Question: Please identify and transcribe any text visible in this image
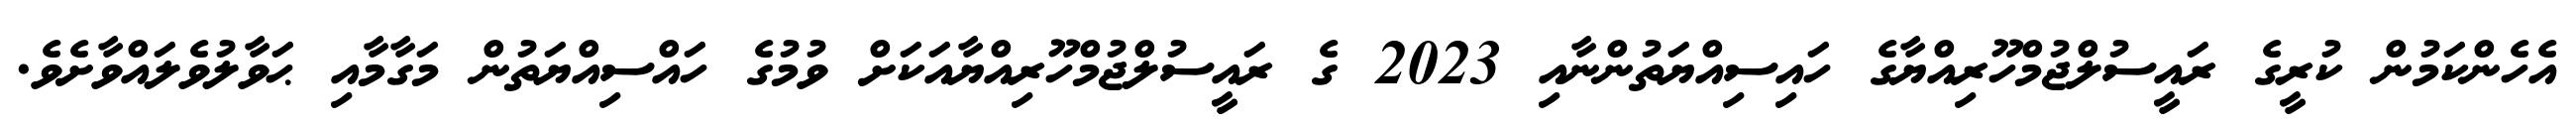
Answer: އެހެންކަމުން ކުރީގެ ރައީސުލްޖުމްހޫރިއްޔާގެ ހައިސިއްޔަތުންނާއި 2023 ގެ ރައީސުލްޖުމްހޫރިއްޔާއަކަށް ވުމުގެ ހައްސިއްޔަތުން މަގާމާއި ޙަވާލުވެލައްވާށެވެ.